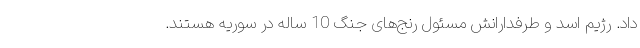
داد. رژیم اسد و طرفدارانش مسئول رنج‌های جنگ 10 ساله در سوریه هستند.